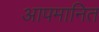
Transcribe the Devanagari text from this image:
आपमानित